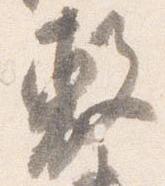
敷